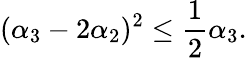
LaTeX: (\alpha_{3}-2\alpha_{2})^{2}\leq{\frac{1}{2}}\alpha_{3}.